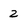
Character: z